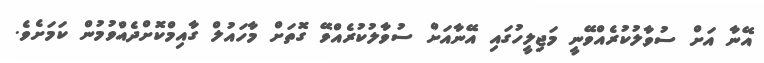
އޭނާ އަށް ސުވާލުކުރެއްވޭނީ މަޖިލީހުގައި އޭނާއަށް ސުވާލުކުރެއްވޭ ގޮތަށް މާހައުލް ގާއިމްކޮށްދެއްވުމުން ކަމަށެވެ.